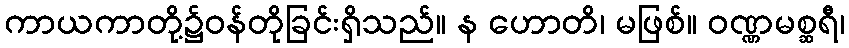
ကာယကာတို့၌ဝန်တိုခြင်းရှိသည်။ န ဟောတိ၊ မဖြစ်။ ဝဏ္ဏမစ္ဆရီ၊